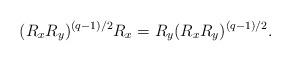
LaTeX: \begin{align*}(R_xR_y)^{(q-1)/2}R_x=R_y(R_xR_y)^{(q-1)/2}.\end{align*}